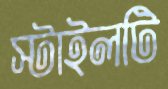
স্টাইলটি